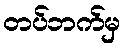
တပ်ဘက်မှ